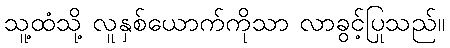
သူ့ထံသို့ လူနှစ်ယောက်ကိုသာ လာခွင့်ပြုသည်။